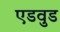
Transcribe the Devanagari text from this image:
एडवुड